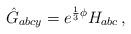
LaTeX: \begin{align*}\hat{G}_{abcy} = e^{\frac{1}{3}\phi} H_{abc}\, ,\end{align*}